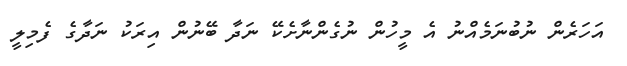
އަހަރެން ނުބުނަމެއްނު އެ މީހުން ނުގެންނާށެކޭ ނަދާ ބޭނުން އިރަކު ނަދާގެ ފެމިލީ